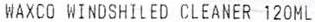
WAXCO WINDSHILED CLEANER 120ML